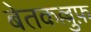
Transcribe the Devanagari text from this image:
बेतकल्लुफ़